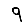
Digit: 9